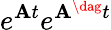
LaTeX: e^{\mathbf{A}t}e^{\mathbf{A}^{\dag}t}